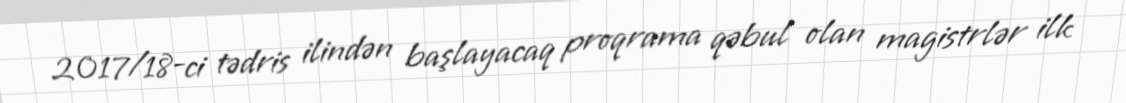
2017/18-ci tədris ilindən başlayacaq proqrama qəbul olan magistrlər ilk